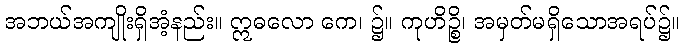
အဘယ်အကျိုးရှိအံ့နည်း။ ဣဓလော ကေ၊ ၌။ ကုဟိဉ္စိ၊ အမှတ်မရှိသောအရပ်၌။